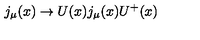
j _ { \mu } ( x ) \rightarrow U ( x ) j _ { \mu } ( x ) U ^ { + } ( x )